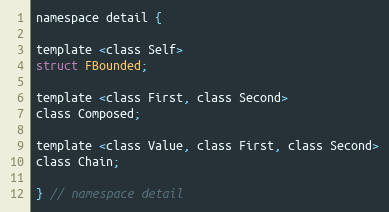
Language: C
namespace detail {

template <class Self>
struct FBounded;

template <class First, class Second>
class Composed;

template <class Value, class First, class Second>
class Chain;

} // namespace detail